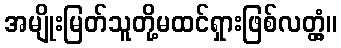
အမျိုးမြတ်သူတို့မထင်ရှားဖြစ်လတ္တံ့။